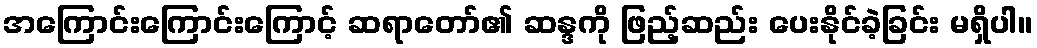
အကြောင်းကြောင်းကြောင့် ဆရာတော်၏ ဆန္ဒကို ဖြည့်ဆည်း ပေးနိုင်ခဲ့ခြင်း မရှိပါ။